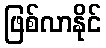
ဖြစ်လာနိုင်